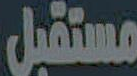
مستقبل